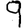
Digit: 9